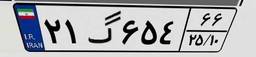
۲۱گ۶۵۴۶۶